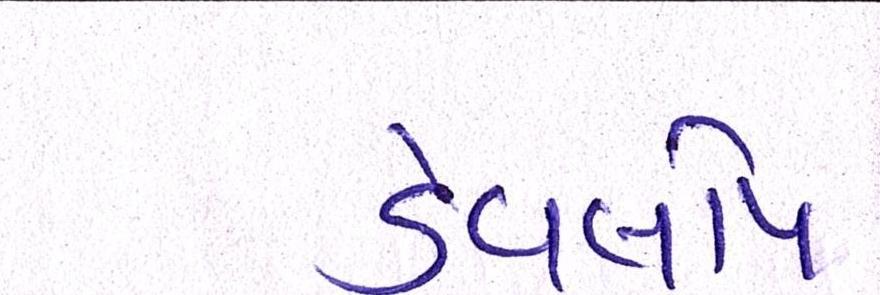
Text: ડેવલોપ